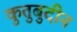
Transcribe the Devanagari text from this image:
कुतुबुदीन